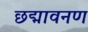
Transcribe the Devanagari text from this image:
छद्मावनण